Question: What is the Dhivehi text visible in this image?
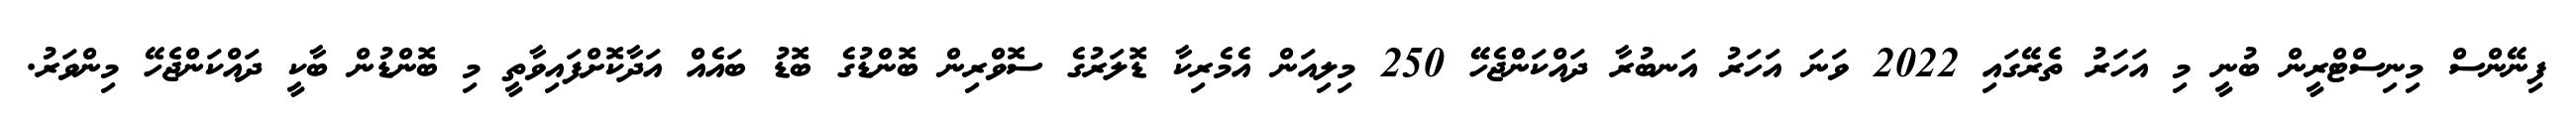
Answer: ފިނޭންސް މިނިސްޓްރީން ބުނީ މި އަހަރު ތެރޭގައި 2022 ވަނަ އަހަރު އަނބުރާ ދައްކަންޖެހޭ 250 މިލިއަން އެމެރިކާ ޑޮލަރުގެ ސޮވްރިން ބޮންޑުގެ ބޮޑު ބައެއް އަދާކޮށްފައިވާތީ މި ބޮންޑުން ބާކީ ދައްކަންޖެހޭ މިންވަރު.